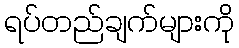
ရပ်တည်ချက်များကို